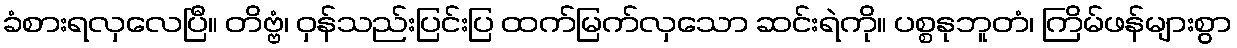
ခံစားရလှလေပြီ။ တိဗ္ဗံ၊ ဝှန်သည်းပြင်းပြ ထက်မြက်လှသော ဆင်းရဲကို။ ပစ္စနုဘူတံ၊ ကြိမ်ဖန်များစွာ